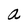
Character: a